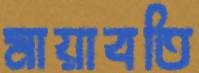
মায়াবতি